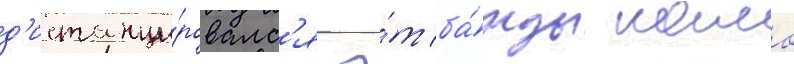
д'истанци́ровалс'я о́т ба́нды камо